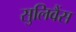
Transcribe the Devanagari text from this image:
सुलिवैंस